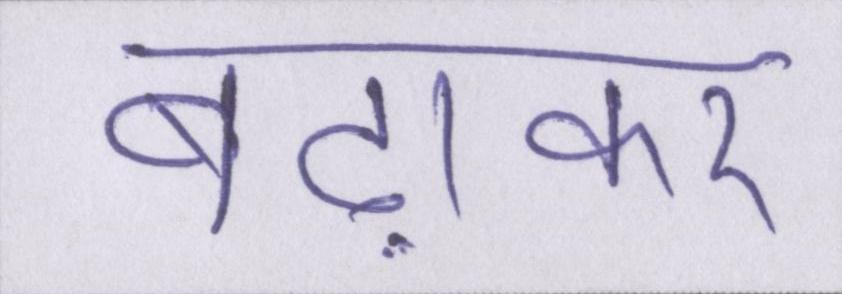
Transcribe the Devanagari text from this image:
बढ़ाकर